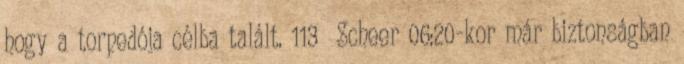
hogy a torpedója célba talált. 113 Scheer 06:20-kor már biztonságban